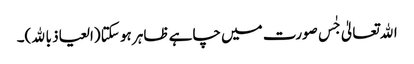
اﷲتعالیٰ جٰس صورت میں چاہے ظاہر ہو سکتا (العیاذ باﷲ)۔